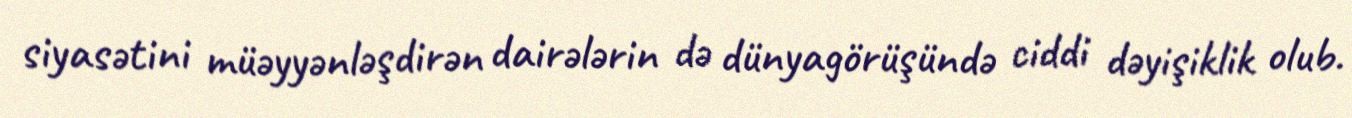
siyasətini müəyyənləşdirən dairələrin də dünyagörüşündə ciddi dəyişiklik olub.